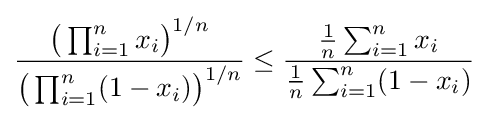
{\frac {{\bigl (}\prod _{i=1}^{n}x_{i}{\bigr )}^{1/n}}{{\bigl (}\prod _{i=1}^{n}(1-x_{i}){\bigr )}^{1/n}}}\leq {\frac {{\frac {1}{n}}\sum _{i=1}^{n}x_{i}}{{\frac {1}{n}}\sum _{i=1}^{n}(1-x_{i})}}